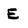
Character: E